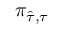
\pi _ { \widehat { \tau } , { \tau } }